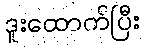
ဒူးထောက်ပြီး